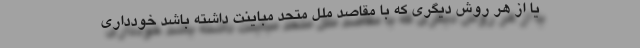
یا از هر روش دیگری که با مقاصد ملل متحد مباینت داشته باشد خودداری